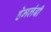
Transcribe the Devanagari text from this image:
हेमलंबी